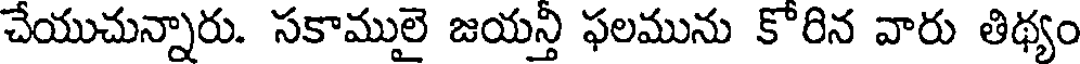
చేయుచున్నారు. సకాములై జయన్తీ ఫలమును కోరిన వారు తిథ్యం